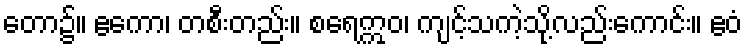
တော၌။ ဧကော၊ တစီးတည်း။ စရေဣဝ၊ ကျင့်သကဲ့သို့လည်းကောင်း။ ဧဝံ